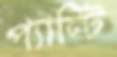
প্যান্টি